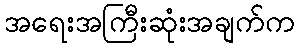
အရေးအကြီးဆုံးအချက်က